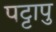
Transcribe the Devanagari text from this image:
पट्टापु